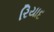
રિયાદ